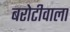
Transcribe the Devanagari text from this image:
बरोटीवाला